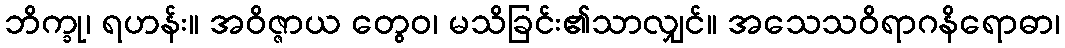
ဘိက္ခု၊ ရဟန်း။ အဝိဇ္ဇာယ တွေဝ၊ မသိခြင်း၏သာလျှင်။ အသေသဝိရာဂနိရောဓာ၊